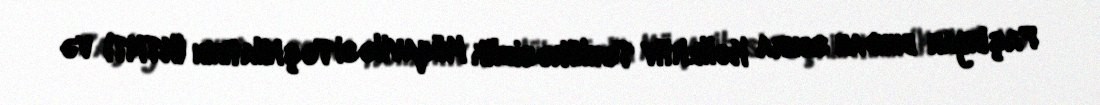
Paşinyan bundan sonra Kollektiv Təhlükəsizlik Müqaviləsi Təşkilatının (KTMT) və